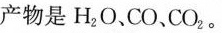
产物是H_{2}O、CO，CO_{2}。